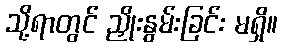
သို့ရာတွင် ညှိုးနွမ်းခြင်း မရှိ။